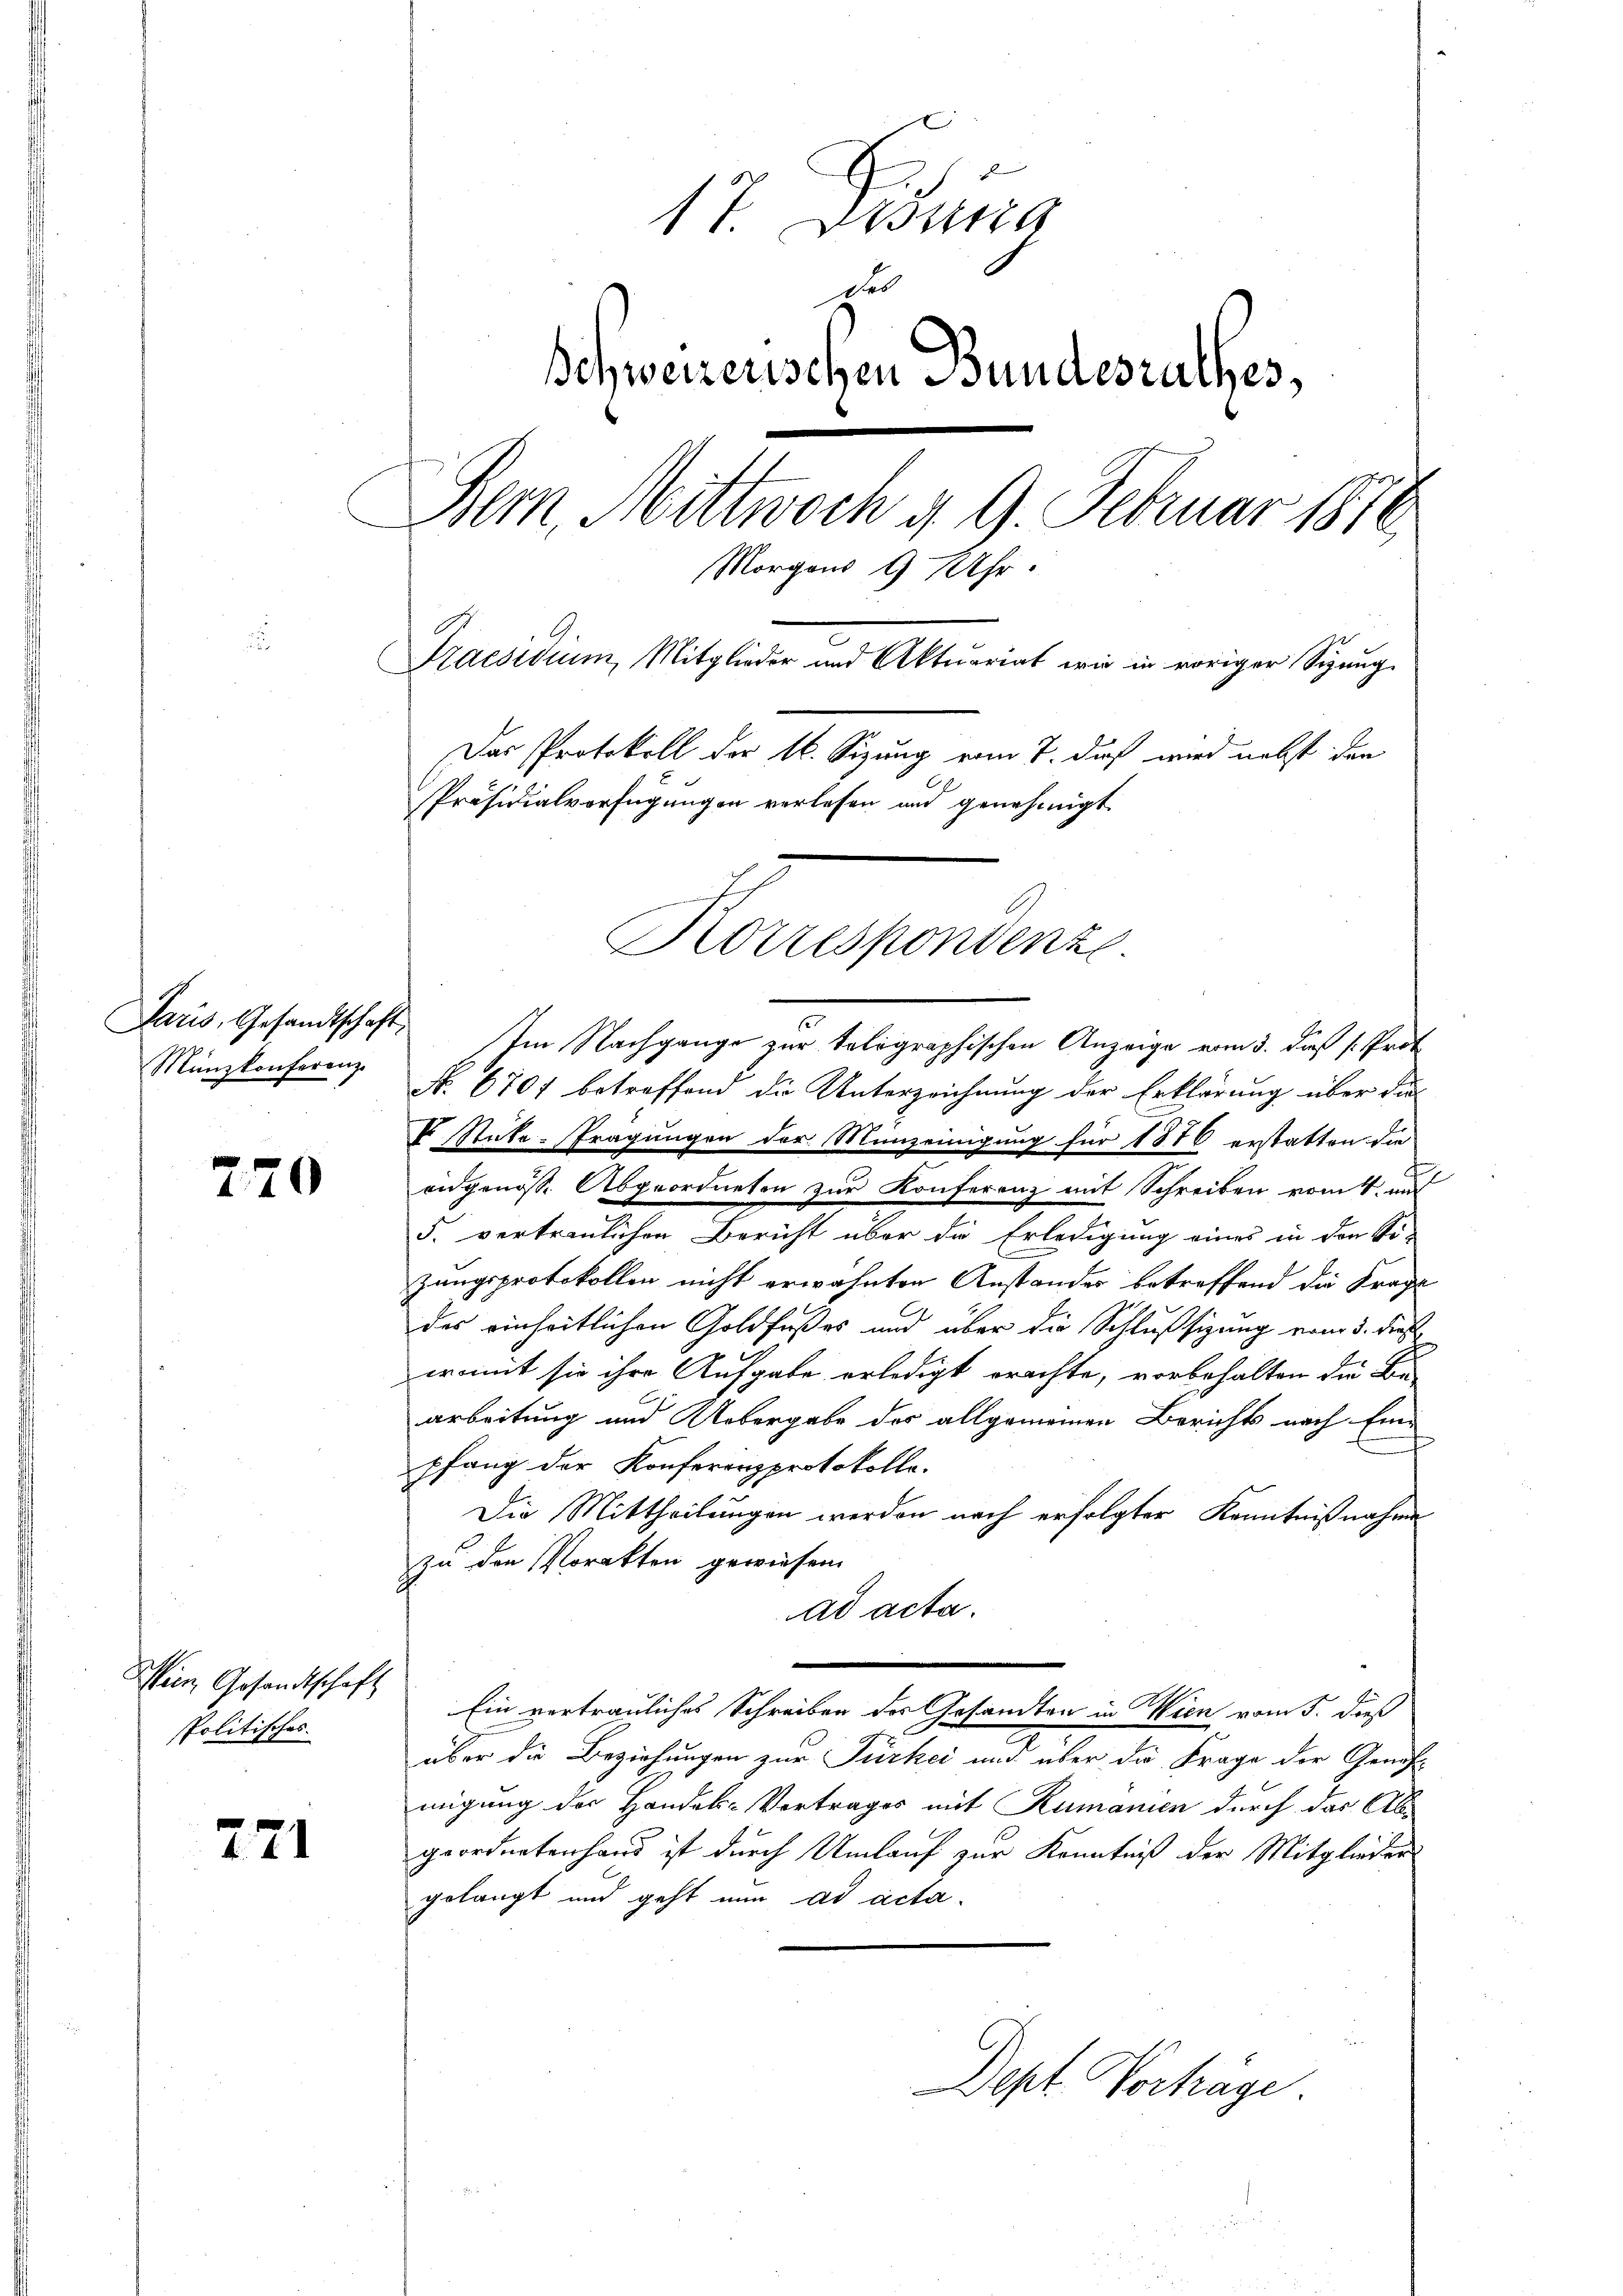
Münzkonferenz

270

Wein Gesandtschaft
spolitisches.

271

17. Dessa
des
Schweizerischen Bundesrathes,
Bern, Mittwoch d. 9. Februar 1870
Morgens 9 Uhr.
Praesidium, Mitglieder und Aktuariat wie in voriger Sizung.
Das Protokoll der 16. Sizung vom 7. daß wird nebst den
Präsidialverfügungen verlesen und genehmigt.
Ich
Korrespondenze

Paris, Gesandtschaft. Im Nachgange zur tolographischen Anzeige vom 3. dieß s. Prot
No. 6707 betreffend die Unterzeichnung der Erklärung über die
P Stücke-Prägungen der Münzeinigung für 1876 erstatten die
eidgenösse Abgeordneten zur Konferenz mit Schreiben vom 4. an
5. vertraulichen Bericht über die Erledigung eines in den Si-
zungsprotokollen nicht erwähnten Anstandes betreffend die Frage
des einheitlichen Goldfußes und über die Schlußsizung vom 3. dieß
womit sie ihre Aufgabe erledigt erachte, vorbehalten die Be-
arbeitung und Uebergabe des allgemeinen Berichts nach Ein-
pfang der Konferenzprotokolle.
Die Mittheilungen werden nach erfolgter Kenntnißnahme
zu den Vorakten gewiesen.
ad acta.
e
Ein vertrauliches Schreiben der Gesandten in Wien vom 5. dieß
x
über die Beziehungen zur Turtei und über die Frage der Genehmigung der Handel-Vortrages mit Rumanien durch das Ab
geordneten hand ist durch Umlauf zur Kenntniß der Mitglieder
gelangt und geht nun ad acta.
Dept Vorträge.